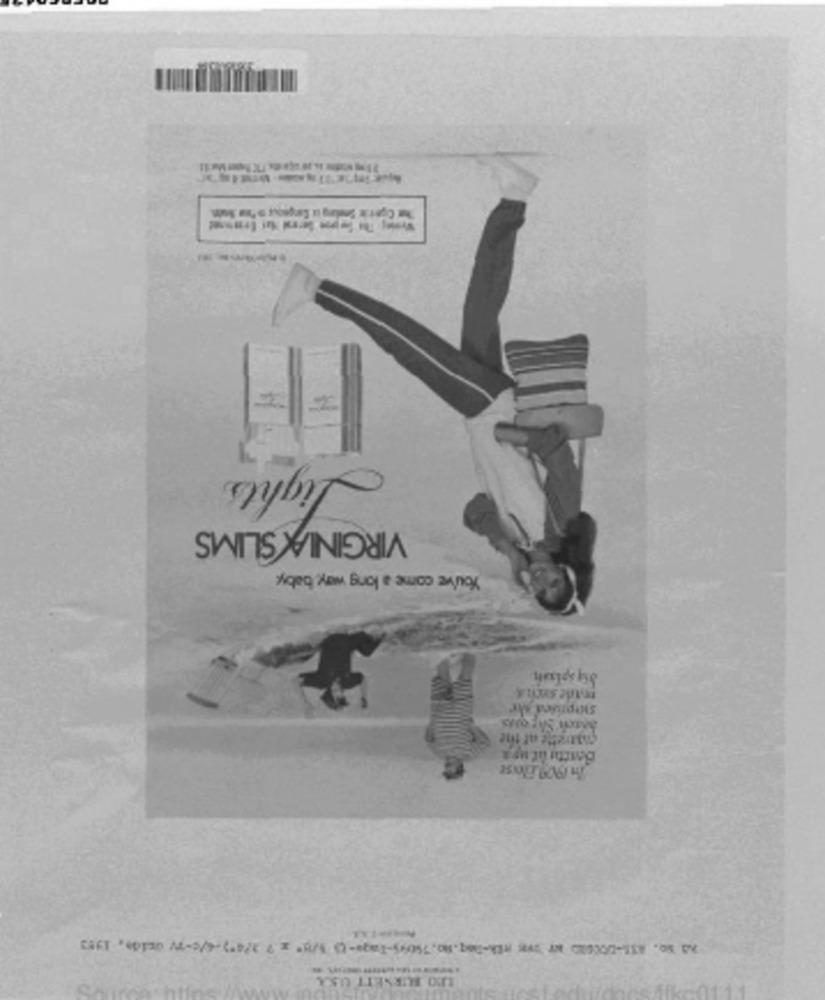
Lights
VIRGINIA SLIMS
You've come a long way baby.
Boxttu it up &
LEO BURNETT USL
kc011